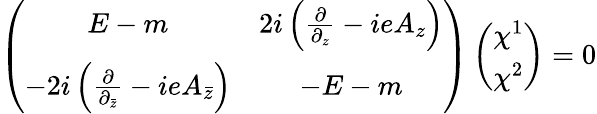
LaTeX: \left(\begin{array}{cc}{{E-m}}&{{2i\left(\frac{\partial}{\partial_{z}}-ieA_{z}\right)}}\\ {{-2i\left(\frac{\partial}{\partial_{\bar{z}}}-ieA_{\bar{z}}\right)}}&{{-E-m}}\end{array}\right)\left(\begin{array}{c}{{\chi^{1}}}\\ {{\chi^{2}}}\end{array}\right)=0